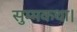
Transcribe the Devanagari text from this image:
सुम्मकथा।